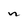
Character: n